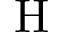
\mathrm { H }